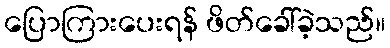
ပြောကြားပေးရန် ဖိတ်ခေါ်ခဲ့သည်။